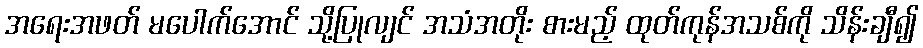
အရေးအဖတ် မပေါက်အောင် သို့ပြုလျင် အသံအတိုး စားမည့် ထုတ်ကုန်အသစ်ကို သိန်းချီ၍